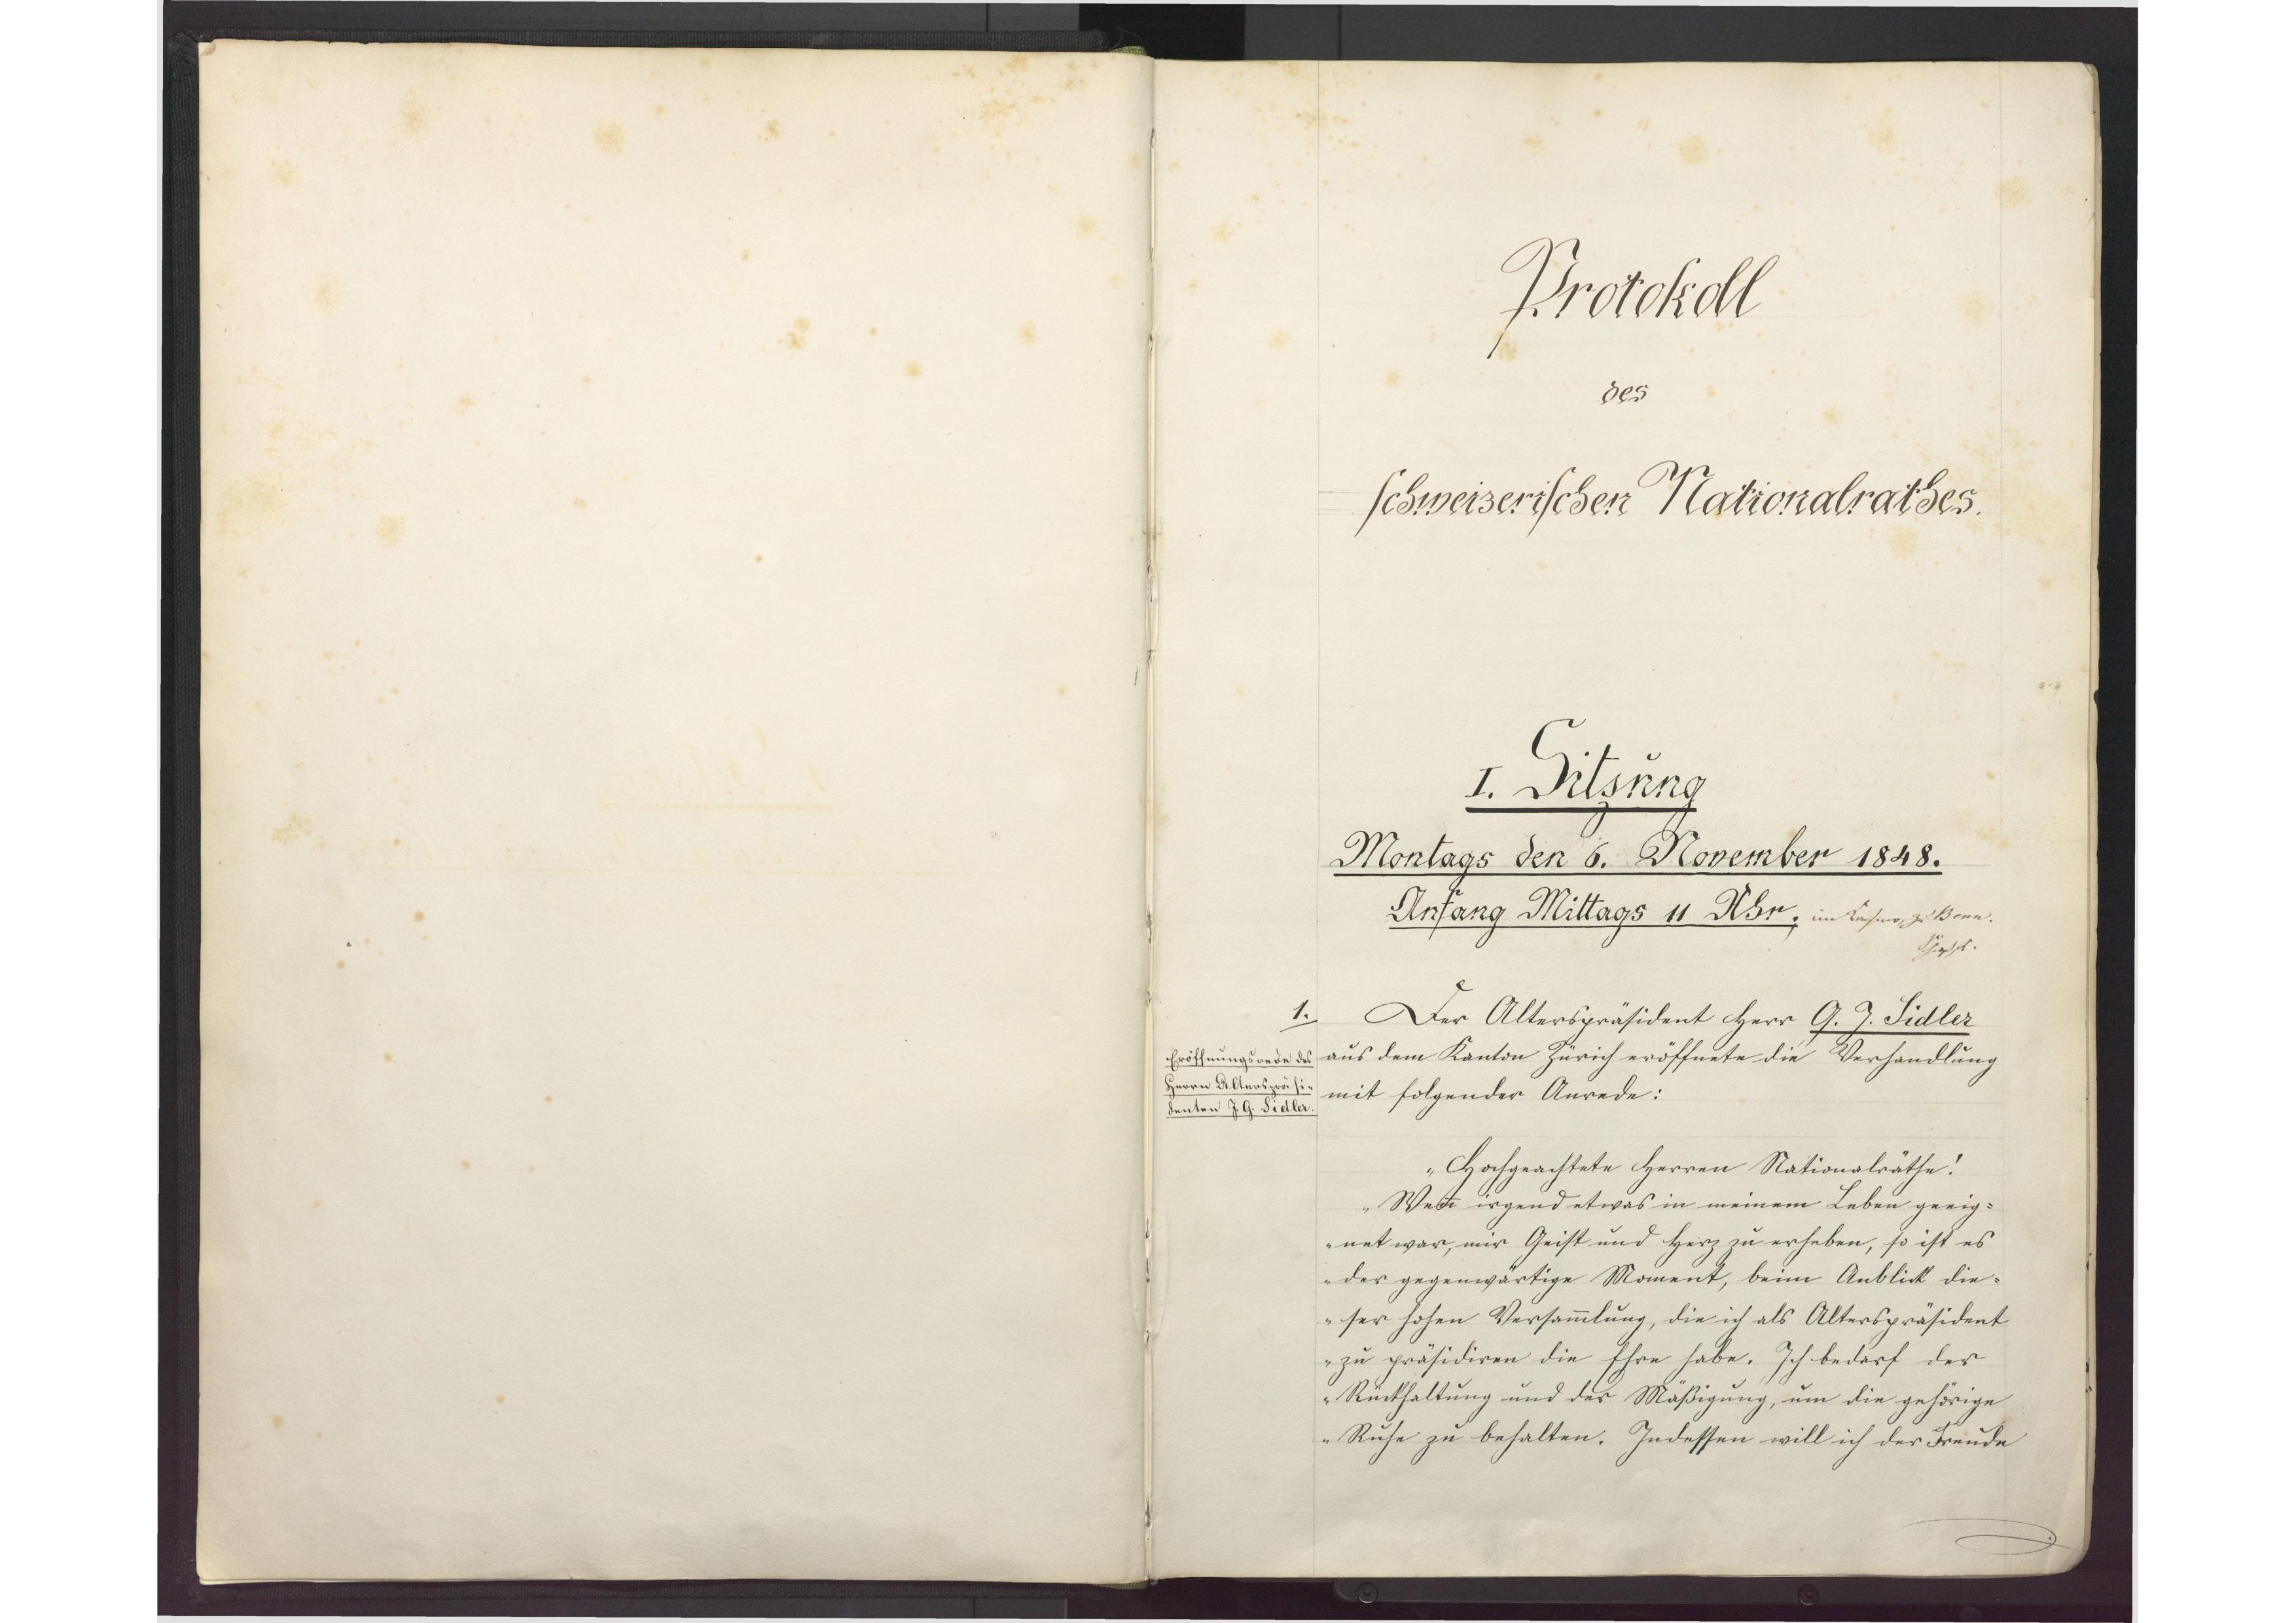
Protokoll
des
schweizerischen Nationalrathes

I. Sitzung
Montags den 6. November 1848.
Anfang Mittags 11 Uhr; im Casino, zu Bern.
xxx

Der Alterspräsident Herr G. J. Sidler
aus dem Kanton Zürich eröffnete die Verhandlung
mit folgender Anrede:
Hochgeachtete Herren Nationalräthe!
Wenn irgend etwas in meinem Leben geeig¬
net war, mir Geist und Herz zu erheben, so ist es
der gegenwärtige Moment, beim Anblick die¬
ser hohen Versammlung, die ich als Alterspräsident
zu präsidiren die Ehre habe. Ich bedarf der
Rückhaltung und der Mäßigung, um die gehörige
Ruhe zu behalten. Indessen will ich der Freude

1.
Eröffnungsrede des
Herrn Alterspräsi¬
denten J. G. Sidler.